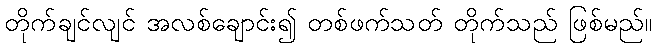
တိုက်ချင်လျင် အလစ်ချောင်း၍ တစ်ဖက်သတ် တိုက်သည် ဖြစ်မည်။